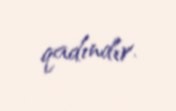
qadındır.